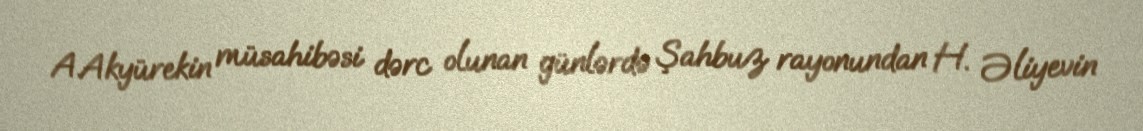
A.Akyürekin müsahibəsi dərc olunan günlərdə Şahbuz rayonundan H. Əliyevin